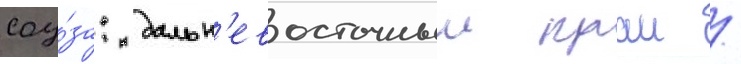
соу́за: дальн'евосточныи краи /